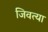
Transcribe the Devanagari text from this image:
जिवत्या